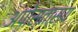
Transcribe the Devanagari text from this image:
अपोस्तास्य